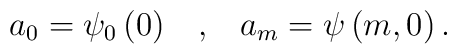
a_0  =  \psi_0\left( 0\right) \;\;\; ,\;\;\; a_m = \psi\left( m  ,0\right) .